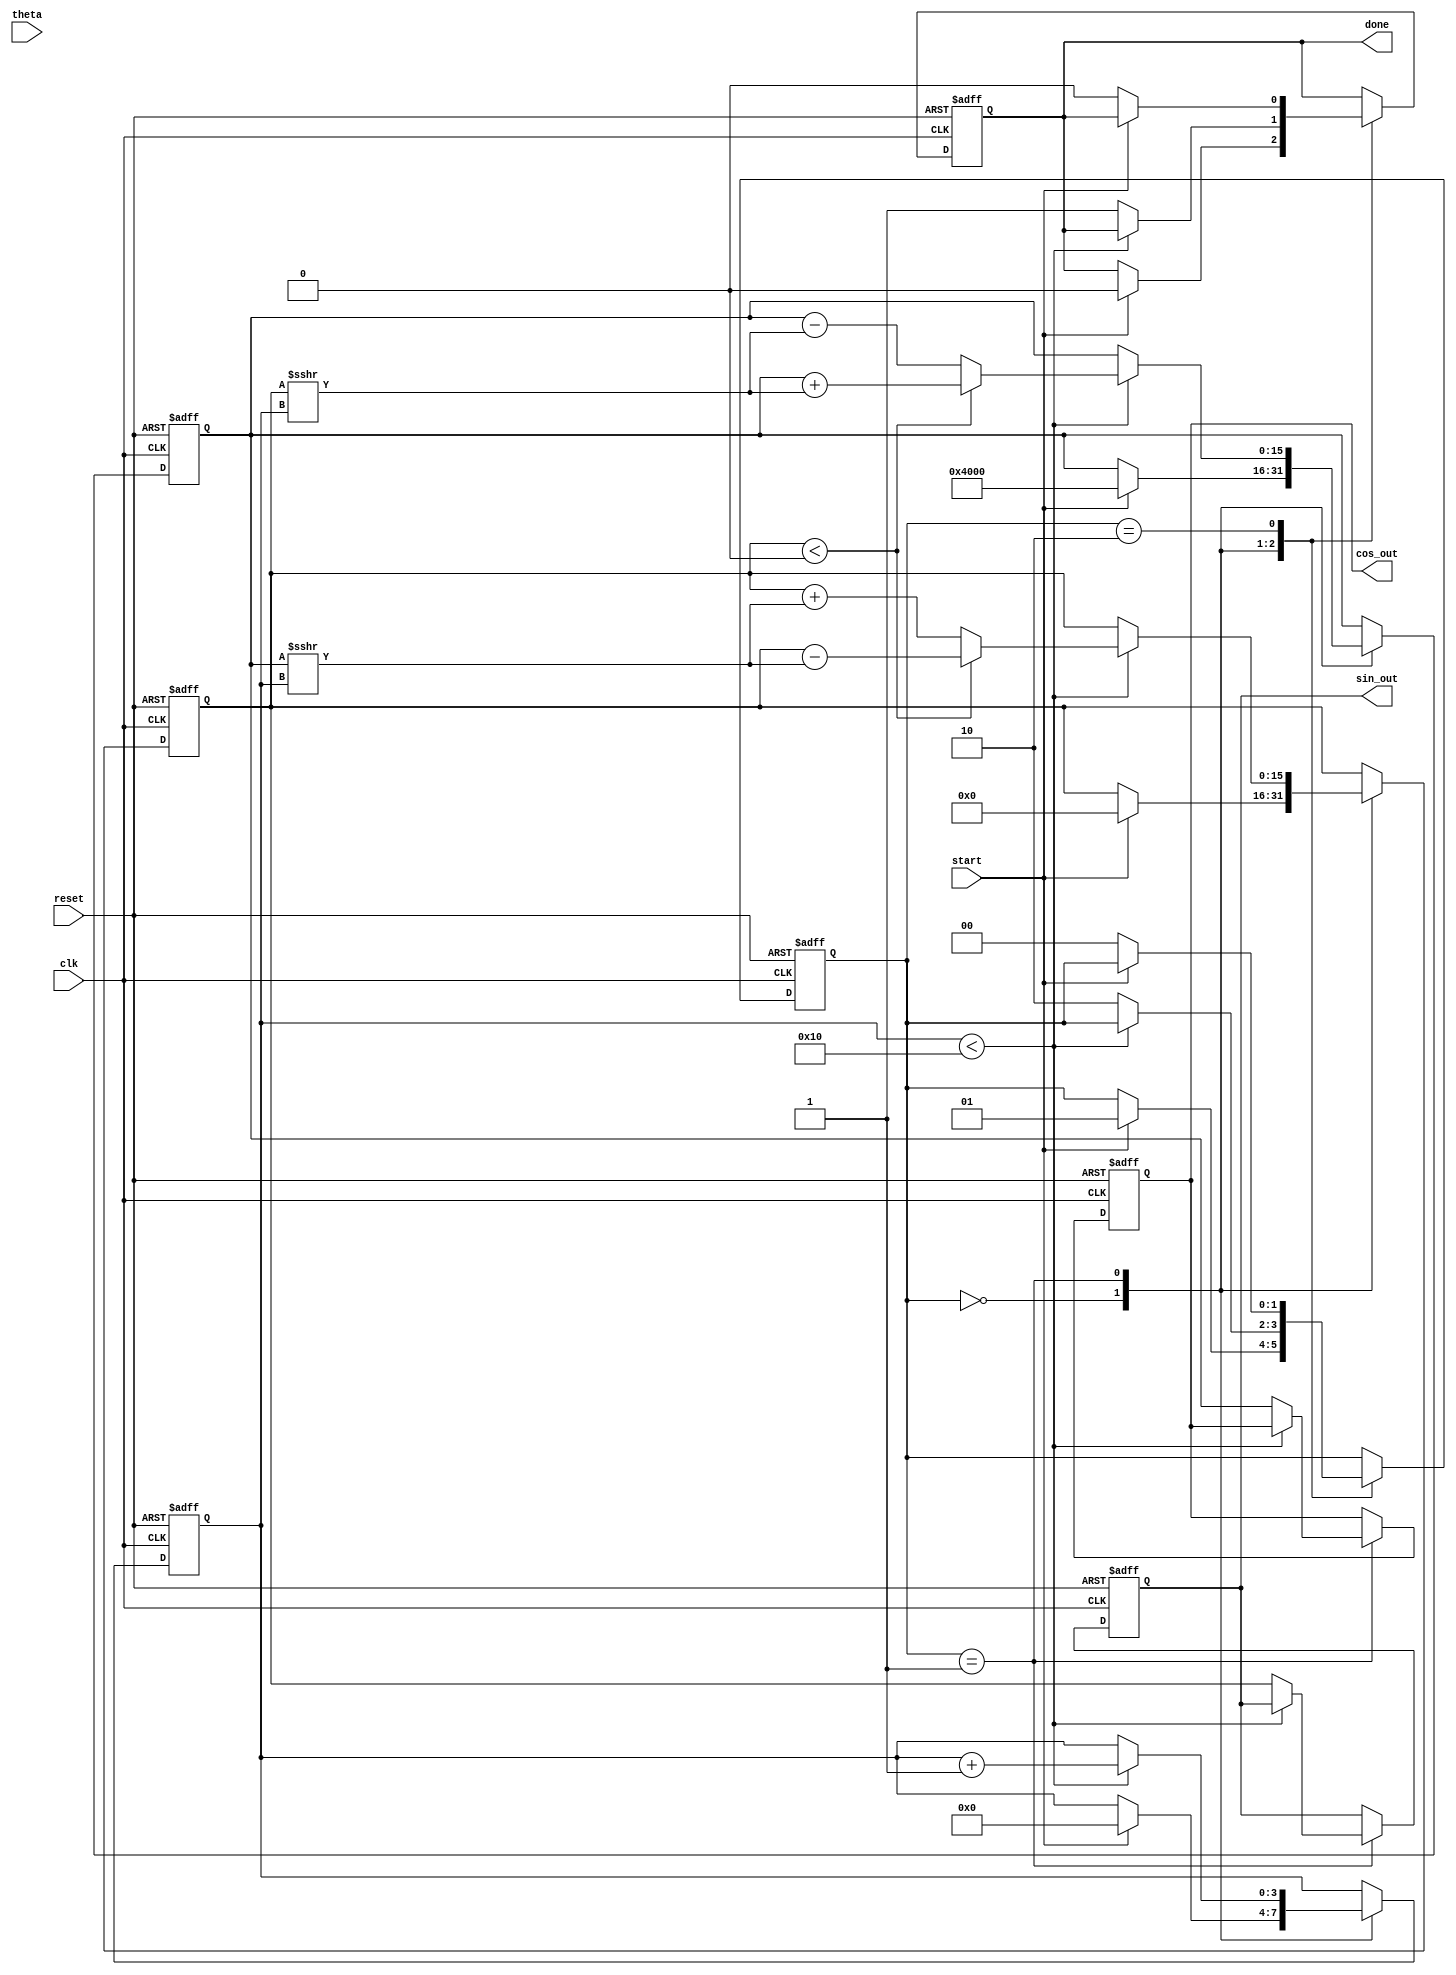
module cordic (
    input wire clk,
    input wire reset,
    input wire start,
    input wire [15:0] theta, // Input angle in fixed-point format
    output reg [15:0] sin_out, // Sine output
    output reg [15:0] cos_out, // Cosine output
    output reg done // Done signal
);

    // Parameters
    parameter NUM_ITERATIONS = 16; // Number of iterations
    parameter FIXED_POINT_FRACTIONAL_BITS = 15; // Number of fractional bits in fixed-point representation

    // Internal registers
    reg [15:0] x_reg; // X register
    reg [15:0] y_reg; // Y register
    reg [15:0] angle_reg; // Angle register
    reg [3:0] iteration_counter; // Iteration counter
    reg [1:0] state; // State machine
    reg [15:0] atan_table [0:NUM_ITERATIONS-1]; // Arctangent lookup table

    // State definitions
    localparam IDLE = 2'b00;
    localparam COMPUTING = 2'b01;
    localparam DONE = 2'b10;

    // Initialize the arctangent lookup table
    initial begin
        atan_table[0] = 16'h2000; // atan(2^-0)
        atan_table[1] = 16'h1000; // atan(2^-1)
        atan_table[2] = 16'h0800; // atan(2^-2)
        atan_table[3] = 16'h0400; // atan(2^-3)
        atan_table[4] = 16'h0200; // atan(2^-4)
        atan_table[5] = 16'h0100; // atan(2^-5)
        atan_table[6] = 16'h0080; // atan(2^-6)
        atan_table[7] = 16'h0040; // atan(2^-7)
        atan_table[8] = 16'h0020; // atan(2^-8)
        atan_table[9] = 16'h0010; // atan(2^-9)
        atan_table[10] = 16'h0008; // atan(2^-10)
        atan_table[11] = 16'h0004; // atan(2^-11)
        atan_table[12] = 16'h0002; // atan(2^-12)
        atan_table[13] = 16'h0001; // atan(2^-13)
        atan_table[14] = 16'h0001; // atan(2^-14)
        atan_table[15] = 16'h0000; // atan(2^-15
    end

    // State machine and computation
    always @(posedge clk or posedge reset) begin
        if (reset) begin
            // Reset all registers and state
            x_reg <= 16'h4000; // Initial value for cos(theta) = 1.0 in fixed-point
            y_reg <= 16'h0000; // Initial value for sin(theta) = 0.0 in fixed-point
            angle_reg <= 0;
            iteration_counter <= 0;
            state <= IDLE;
            done <= 0;
            sin_out <= 0;
            cos_out <= 0;
        end else begin
            case (state)
                IDLE: begin
                    if (start) begin
                        // Initialize for computation
                        x_reg <= 16'h4000; // cos(theta) = 1.0
                        y_reg <= 16'h0000; // sin(theta) = 0.0
                        angle_reg <= theta; // Load input angle
                        iteration_counter <= 0;
                        state <= COMPUTING;
                        done <= 0;
                    end
                end

                COMPUTING: begin
                    if (iteration_counter < NUM_ITERATIONS) begin
                        // Perform CORDIC rotation
                        if (y_reg < 0) begin
                            x_reg <= x_reg + (y_reg >>> iteration_counter); // X[i+1] = X[i] + (Y[i] / 2^i)
                            y_reg <= y_reg - (x_reg >>> iteration_counter); // Y[i+1] = Y[i] - (X[i] / 2^i)
                            angle_reg <= angle_reg + atan_table[iteration_counter]; // Update angle
                        end else begin
                            x_reg <= x_reg - (y_reg >>> iteration_counter); // X[i+1] = X[i] - (Y[i] / 2^i)
                            y_reg <= y_reg + (x_reg >>> iteration_counter); // Y[i+1] = Y[i] + (X[i] / 2^i)
                            angle_reg <= angle_reg - atan_table[iteration_counter]; // Update angle
                        end
                        iteration_counter <= iteration_counter + 1;
                    end else begin
                        // Finished computation
                        cos_out <= x_reg; // Final cosine value
                        sin_out <= y_reg; // Final sine value
                        done <= 1;
                        state <= DONE;
                    end
                end

                DONE: begin
                    if (!start) begin
                        state <= IDLE; // Go back to idle state
                        done <= 0; // Reset done signal
                    end
                end
            endcase
        end
    end
endmodule